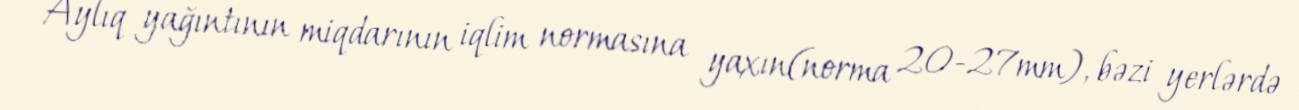
Aylıq yağıntının miqdarının iqlim normasına yaxın(norma 20-27mm), bəzi yerlərdə